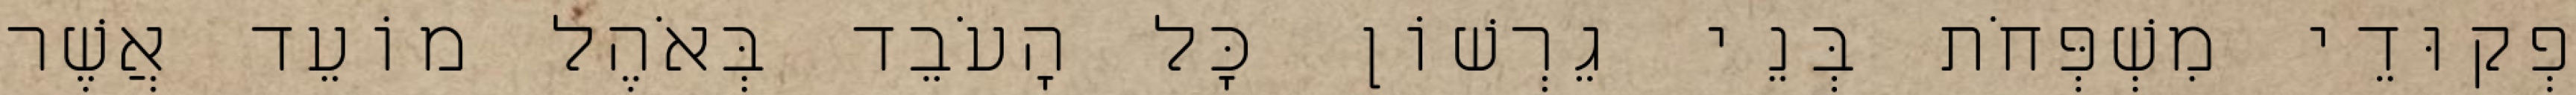
פְקוּדֵי מִשְׁפְּחֹת בְּנֵי גֵרְשׁוֹן כָּל הָעֹבֵד בְּאֹהֶל מוֹעֵד אֲשֶׁר